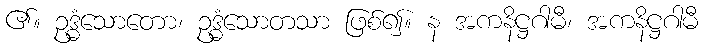
၏။ ဥဒ္ဓံသောတော၊ ဥဒ္ဓံသောတသာ ဖြစ်၍။ န အကနိဋ္ဌဂါမီ၊ အကနိဋ္ဌဂါမီ